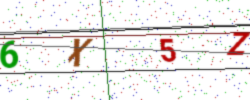
Text: 6X5Z